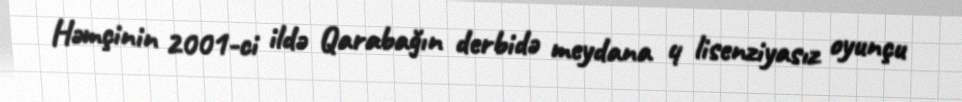
Həmçinin 2001-ci ildə Qarabağın derbidə meydana 4 lisenziyasız oyunçu